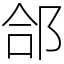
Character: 郃